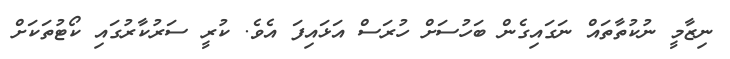
ނިޒާމީ ނުކުތާތައް ނަގައިގެން ބަހުސަށް ހުރަސް އަޅައިފަ އެވެ. ކުރީ ސަރުކާރުގައި ކޯޓުތަކަށް